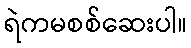
ရဲကမစစ်ဆေးပါ။